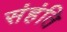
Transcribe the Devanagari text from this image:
संहंति